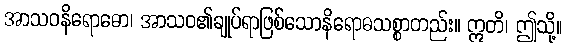
အာသဝနိရောဓော၊ အာသဝ၏ချုပ်ရာဖြစ်သောနိရောဓသစ္စာတည်း။ ဣတိ၊ ဤသို့။